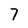
Character: 7